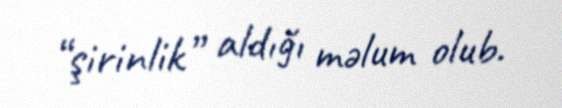
“şirinlik” aldığı məlum olub.